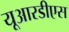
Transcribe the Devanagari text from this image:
यूआरडीएस